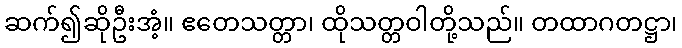
ဆက်၍ဆိုဦးအံ့။ ဧတေသတ္တာ၊ ထိုသတ္တဝါတို့သည်။ တထာဂတဋ္ဌာ၊